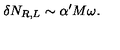
\delta N _ { R , L } \sim \alpha ^ { \prime } M \omega .